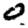
Digit: 0